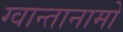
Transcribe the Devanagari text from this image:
ग्वान्तानामो